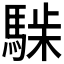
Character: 𩤋